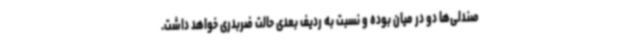
صندلی‌ها دو در میان بوده و نسبت به ردیف بعدی حالت ضربدری خواهد داشت.